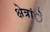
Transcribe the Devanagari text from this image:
क्षेत्रांे